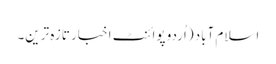
اسلام آباد (اُردو پوائنٹ اخبار تازہ ترین۔